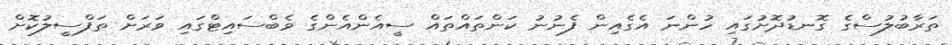
ތަރާބުލުސްގެ ގޮނޑުދޮށުގައި ހުންނަ އެގެއިން ފެނުނު ކަންތައްތައް ސީއެންއެންގެ ވެބްސައިޓްގައި ވަރަށް ތަފްސީލުކޮށް